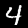
Digit: 4